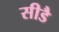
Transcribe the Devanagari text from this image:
सीडै